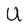
Character: U